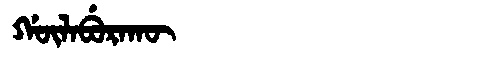
Manchu: ᡤᡡᠯᠠᠪᡠᡵᠠᡴᡡ
Romanization: GŪLABURAKŪ